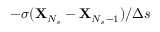
- \sigma ( \mathbf { X } _ { N _ { s } } - \mathbf { X } _ { N _ { s } - 1 } ) / \Delta { s }